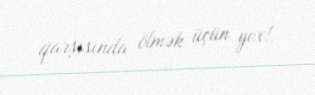
qarşısında ölmək üçün yox!.